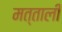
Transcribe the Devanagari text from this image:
मत्ताली